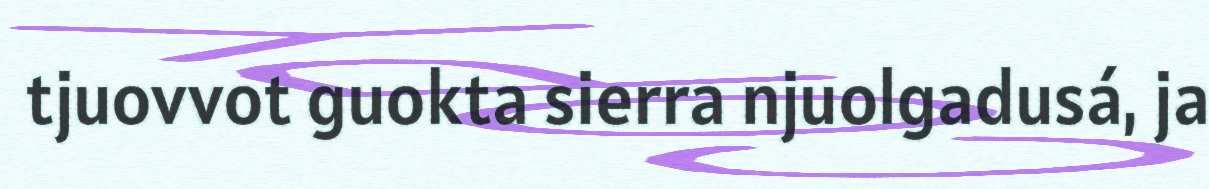
tjuovvot guokta sierra njuolgadusá, ja